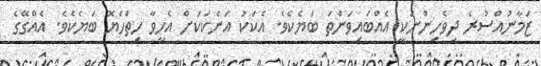
ޒަމާނުއްސުރެ ދިވެހިންނަކީ އެއްބައިވަންތަ ބަޔެކެވެ. އެކަކު އަނެކަކަށް އެހީވާ ހިތްހެޔޮ ބަޔެކެވެ. އެއްގޭގެ